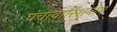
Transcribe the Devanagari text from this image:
पंचत्वारिंशनाम